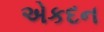
એકદન